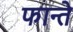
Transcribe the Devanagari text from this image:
फान्ते